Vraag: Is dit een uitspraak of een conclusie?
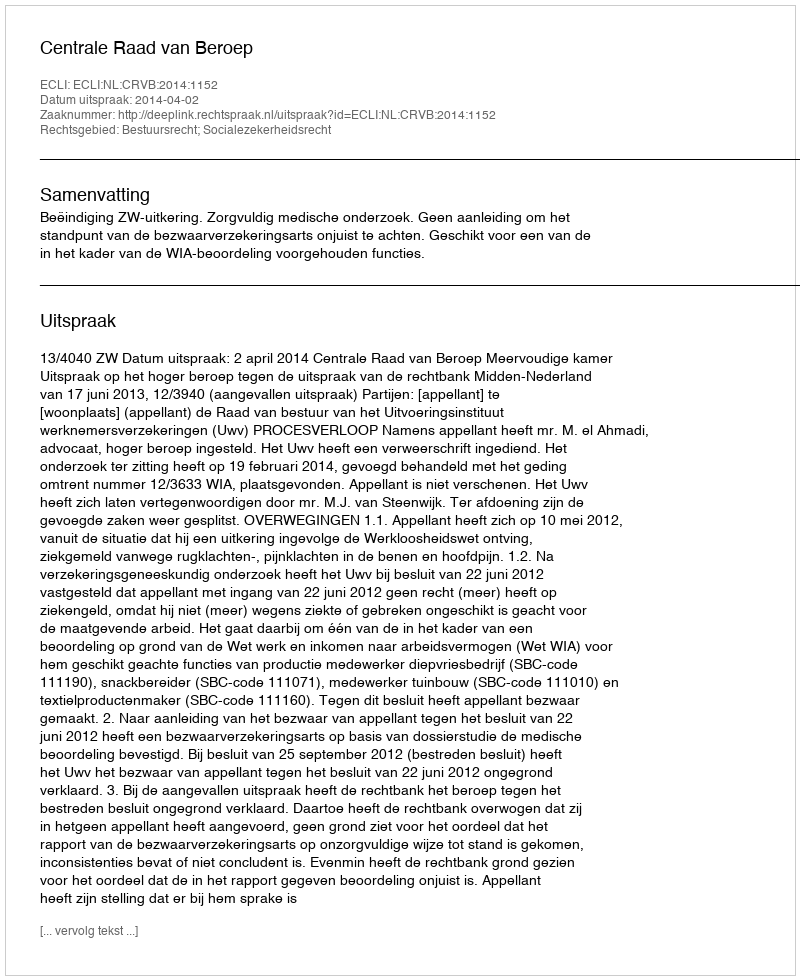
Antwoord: Uitspraak